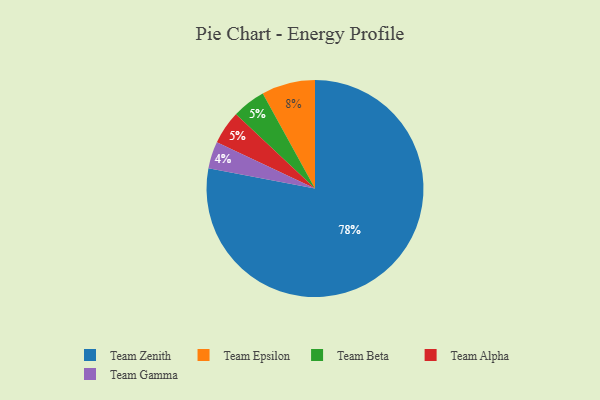
{"axis": {"x": "Category", "y": "Percentage"}, "legend": ["Team Alpha", "Team Beta", "Team Epsilon", "Team Gamma", "Team Zenith"], "data": [{"x": "Team Epsilon", "y": 8, "type": "Team Epsilon"}, {"x": "Team Zenith", "y": 78, "type": "Team Zenith"}, {"x": "Team Beta", "y": 5, "type": "Team Beta"}, {"x": "Team Alpha", "y": 5, "type": "Team Alpha"}, {"x": "Team Gamma", "y": 4, "type": "Team Gamma"}]}